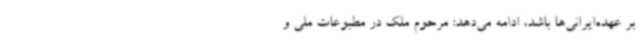
بر عهده‌ایرانی‌ها باشد، ادامه می‌دهد: مرحوم ملک در مطبوعات ملی و